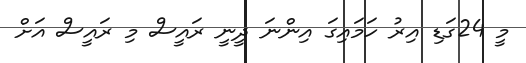
މީ 24ގަޑި އިރު ހަމައިގަ އިންނަ ދީނީ ރައީސް މި ރައީސް އަށް